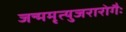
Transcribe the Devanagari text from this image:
जन्ममृत्युजरारोगैः